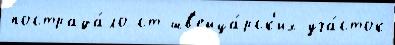
пострада́ло ст шв'ейца́рск'их уча́сток